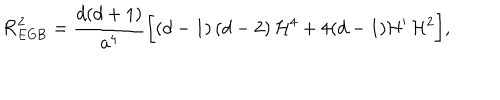
{ \cal R } _ { \mathrm { E G B } } ^ { 2 } = \frac { d ( d + 1 ) } { a ^ { 4 } } \biggl [ ( d - 1 ) \, ( d - 2 ) \, { \cal H } ^ { 4 } + 4 ( d - 1 ) { \cal H } ^ { \prime } \, { \cal H } ^ { 2 } \biggr ] ,